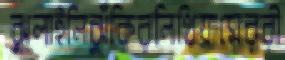
ঝুলাইলিঝুঁকিরলিথিয়ামেররী